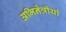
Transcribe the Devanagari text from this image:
अभिनेत्रीयां